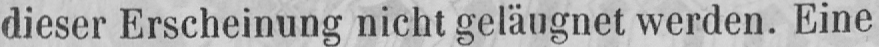
dieser Erscheinung nicht geläugnet werden. Eine